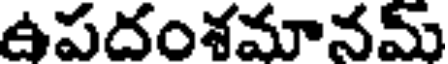
ఉపదంశమానమ్